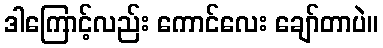
ဒါကြောင့်လည်း ကောင်လေး ချော်တာပဲ။